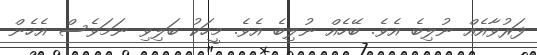
ފަރުވާއެއް ނުލިބެ އެވެ. ބޭހެއް ނުލިބެ އެވެ. މީހަކު ބަލިވި ނަމަވެސް އެހެން